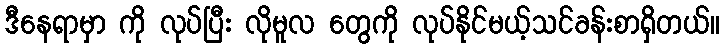
ဒီနေရာမှာ ကို လုပ်ပြီး လိုမူလ တွေကို လုပ်နိုင်မယ့်သင်ခန်းစာရှိတယ်။